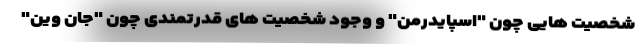
شخصیت هایی چون "اسپایدرمن" و وجود شخصیت های قدرتمندی چون "جان وین"